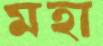
মহা